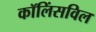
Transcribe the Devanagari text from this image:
कॉलिंसविल